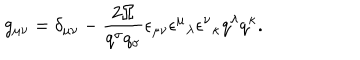
LaTeX: g _ { \mu \nu } = \delta _ { \mu \nu } - \frac { 2 \Omega } { q ^ { \sigma } q _ { \sigma } } \epsilon _ { \mu \nu } \epsilon ^ { \mu } { } _ { \lambda } \epsilon ^ { \nu } { } _ { \kappa } q ^ { \lambda } q ^ { \kappa } .